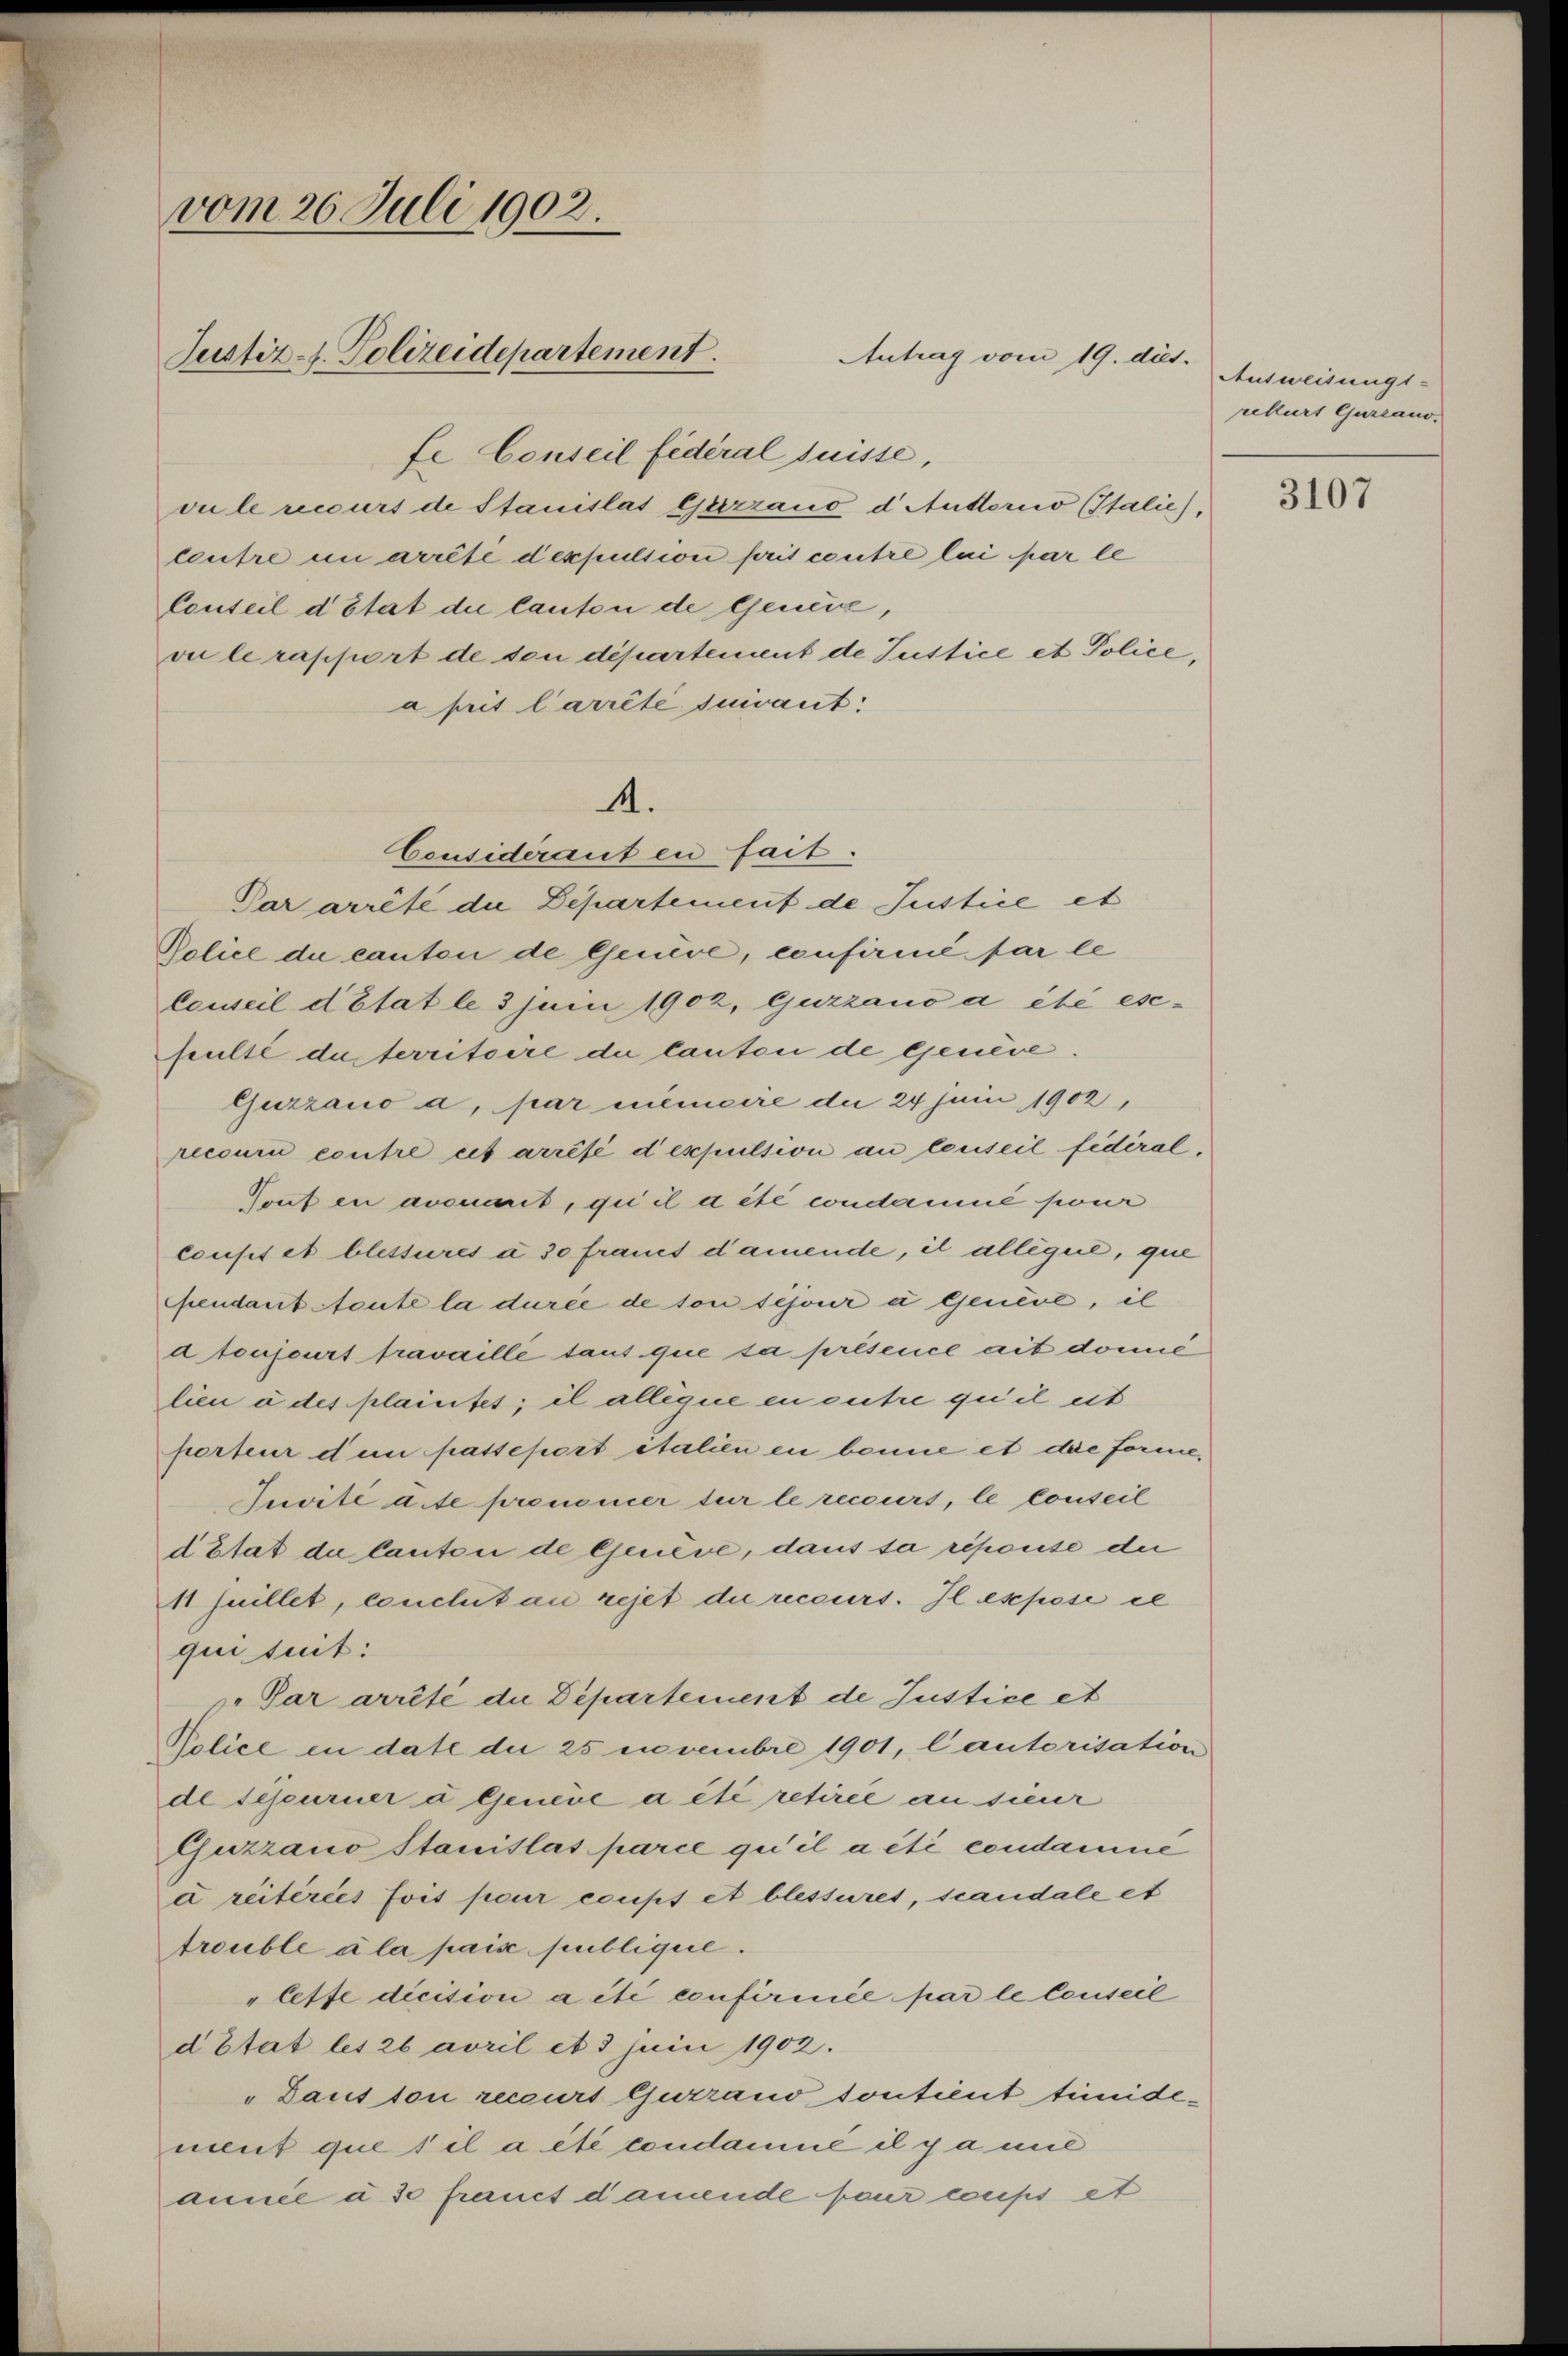
vom 26 Juli 1902.
Justiz-J. Polizeidepartement.

fe Conseil fédéral suisse,
vule recours de Stanislat Geerraus d. Autorio (Italie),
Centre in arrété deppulsion prit contre lui par le
Conteil d’Etat die lauten de Geneie,
vu le rapport de son département de Justice et Police
aprit Carrêté suivant

.
Considerant en fait.

Antrag vom 19. dies.

Par arrête die Departement de Justice et
Police de canton de Genève, confirmé par le
leuseil d’Etat le 3 Juni 1902, Guzzauo a été esepulté du territoire die Canton de Genève.
Guzzauo a, par mimeire die 24 Juni 1902,
recour contre cet arrésé despulsion an conseil fédéral.
Tout in avouerit, qui il a été condamme pour
cousit et blessures à 30 Frauet damende, il allegel, que
Gendant Aoute la durée de ton sejour a Genève, il
d toujours fravaille taus que sa présence ait domic
lieu à des plaintes; il allégue en outre qu’il est
porteur den passeport italien en benne et die forme,
Juvité acte prommer tur le recours, le conseil
d Etat de Canton de Genève, dans sa répouse der
11 Juillet, coucht an rejet du recours. Il expose ie
qui teut:
p. Par arrête die Departement de Justice et
Police in date die 25 vembre 1901, lautorisation
de sejourner u Genève a été retirée an sieur
Esuzzano Stanislas parce qu’il a été condamme
u reiteries fois pour coupt et blessuret, scandale et
trouble à la pais publique.
"lette dicision a été confirmée par le Conseil
d Etat les 26 avril et 3 juni 1902.
„Dans ton recourt Gurrand, sontient tunidement que s il a été condamné il y a mit
année à 50 franct damende pour corps et

Ausweisungs-
rekurs Gurraus.
3107

.